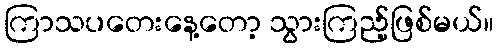
ကြာသပတေးနေ့တော့ သွားကြည့်ဖြစ်မယ်။